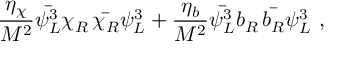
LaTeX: \frac { \eta _ { \chi } } { M ^ { 2 } } \bar { \psi _ { L } ^ { 3 } } \chi _ { R } \, \bar { \chi _ { R } } \psi _ { L } ^ { 3 } + \frac { \eta _ { b } } { M ^ { 2 } } \bar { \psi _ { L } ^ { 3 } } b _ { R } \, \bar { b _ { R } } \psi _ { L } ^ { 3 } ~ ,